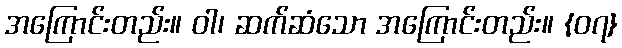
အကြောင်းတည်း။ ဝါ၊ ဆက်ဆံသော အကြောင်းတည်း။ {၀၇}